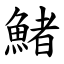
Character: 鯺